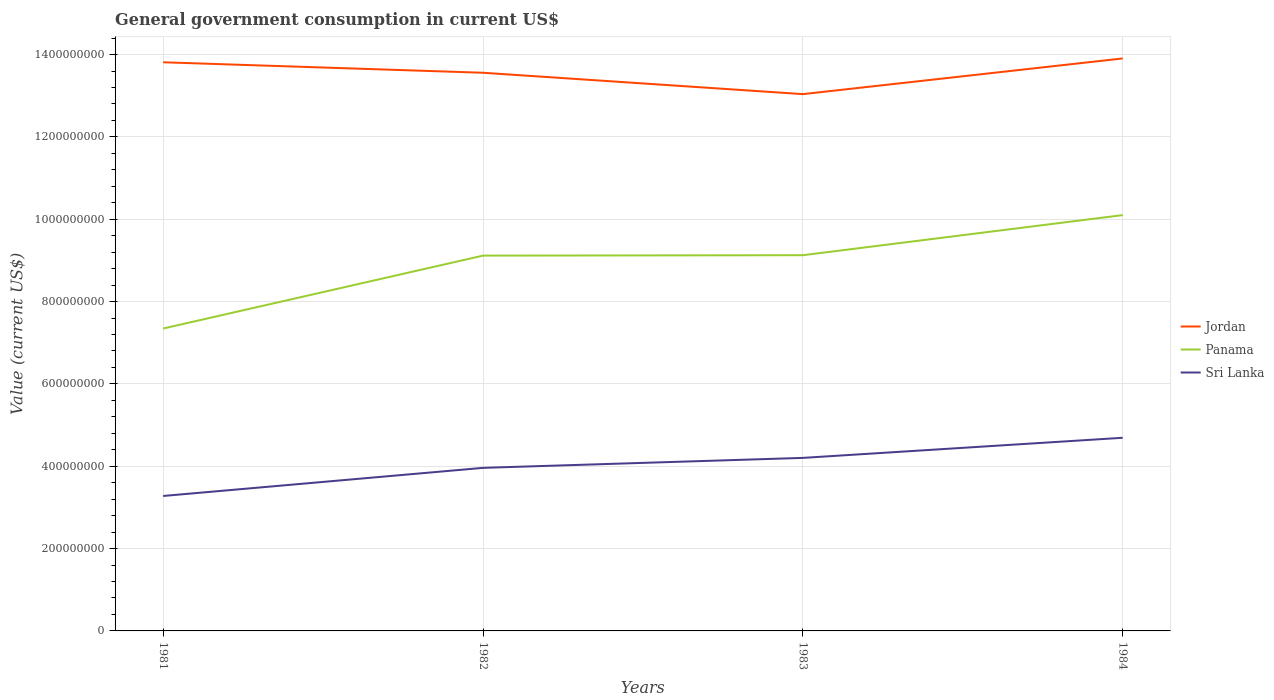
| Years | Jordan | Panama | Sri Lanka |
 | --- | --- | --- | --- |
 | 1981 | 1.38e+09 | 7.34e+08 | 3.28e+08 |
 | 1982 | 1.36e+09 | 9.12e+08 | 3.96e+08 |
 | 1983 | 1.3e+09 | 9.13e+08 | 4.2e+08 |
 | 1984 | 1.39e+09 | 1.01e+09 | 4.69e+08 |